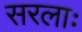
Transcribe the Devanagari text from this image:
सरलाः